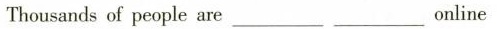
Thousands of people are___ ___online